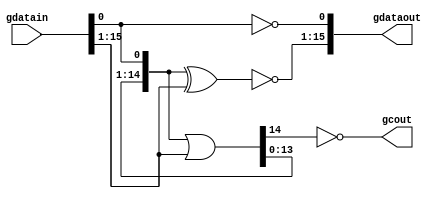

module gdec_cfg(/*AUTOARG*/
   // Outputs
   gdataout, gcout, 
   // Inputs
   gdatain
   );

/****************************************************** PARAMETERS ************************************************************/

 // synopsys template
 parameter WIDTH = 16;          

/******************************************************** INPUTS **************************************************************/

 input [WIDTH-1:0] gdatain;    // Input source to the decrementor

/******************************************************** OUTPUTS *************************************************************/

 output [WIDTH-1:0] gdataout;  // Decrementor output result
 output  	    gcout;     // Carry out 

/*************************************************** WIRE DECLARATIONS ********************************************************/

 wire [WIDTH-1:0]     gtmp;    // Serial 0's detector      

/*************************************************** END OF DECLARATIONS ******************************************************/

// ****************************************************************************************************************************
// Configurable decremntor logic
// ****************************************************************************************************************************
 
// ******************************************************************************************
// The gtmp bus is a serial 0's detector for example:
// 
// | Input source value | gtemp value |
// +--------------------+-------------+
// | 111000             | 111000      |
// +--------------------+-------------+
// | 111100             | 111100      |
// +--------------------+-------------+
// | 111110             | 111110      |
// +--------------------+-------------+
// | 111001             | 111111      |
// +--------------------+-------------+
// | 000101             | 111111      |
// +--------------------+-------------+
// | 000111             | 111111      |
// +--------------------+-------------+
// 
// ******************************************************************************************

// ******************************************************************
// Serial 0's detector logic
// ******************************************************************

// Initial the lsb bit
 assign gtmp[0] = gdatain[0];
   
// Serial 0's detector   
 assign gtmp[WIDTH-1:1] = gtmp [WIDTH-2:0] | gdatain[WIDTH-1:1] ;
   
// ******************************************************************
// Decrementor output results.
// The output result is determined according to the Serial 0's 
// detector (gtemp) and the input source.
// ******************************************************************

// Initial the lsb bit of the output result
 assign gdataout[0] = ~gdatain[0] ;

// Decrementor sum result according to the Serial 0's detector (gtemp)
// and the input source
 assign gdataout[WIDTH-1:1] = ~(gtmp [WIDTH-2:0] ^ gdatain[WIDTH-1:1]) ;

 // Carry out 
 assign gcout = ~(gtmp[WIDTH-1] ^ 1'b0);
   
endmodule